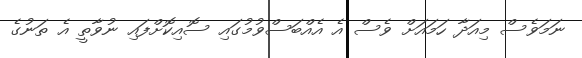
ނަމަވެސް މިއަދާ ހަމައަށް ވެސް އެ އެއްބަސްވުމުގައި ސޮއިކޮށްފައި ނުވާތީ އެ ތަނުގެ